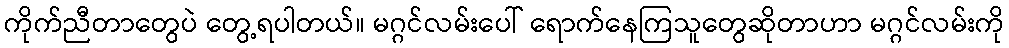
ကိုက်ညီတာတွေပဲ တွေ့ရပါတယ်။ မဂ္ဂင်လမ်းပေါ် ရောက်နေကြသူတွေဆိုတာဟာ မဂ္ဂင်လမ်းကို